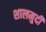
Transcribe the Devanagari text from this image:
शालमुदी